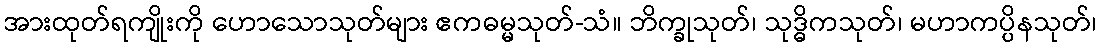
အားထုတ်ရကျိုးကို ဟောသောသုတ်များ ဧကဓမ္မသုတ်-သံ။ ဘိက္ခုသုတ်၊ သုဒ္ဓိကသုတ်၊ မဟာကပ္ပိနသုတ်၊